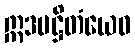
ဣဒမဋ္ဌိတံယေဝ